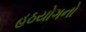
હઠયોગનો